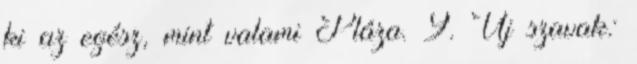
ki az egész, mint valami Pláza. 9. Új szavak: